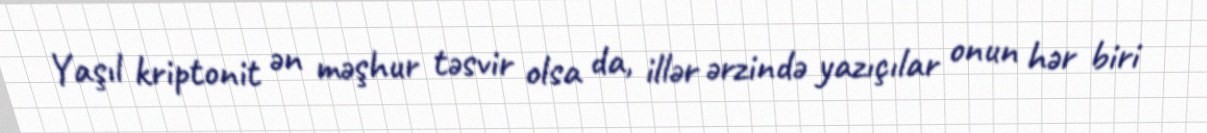
Yaşıl kriptonit ən məşhur təsvir olsa da, illər ərzində yazıçılar onun hər biri